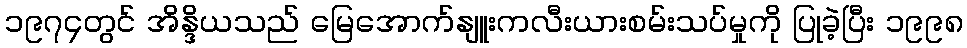
၁၉၇၄တွင် အိန္ဒိယသည် မြေအောက်နျူးကလီးယားစမ်းသပ်မှုကို ပြုခဲ့ပြီး ၁၉၉၈